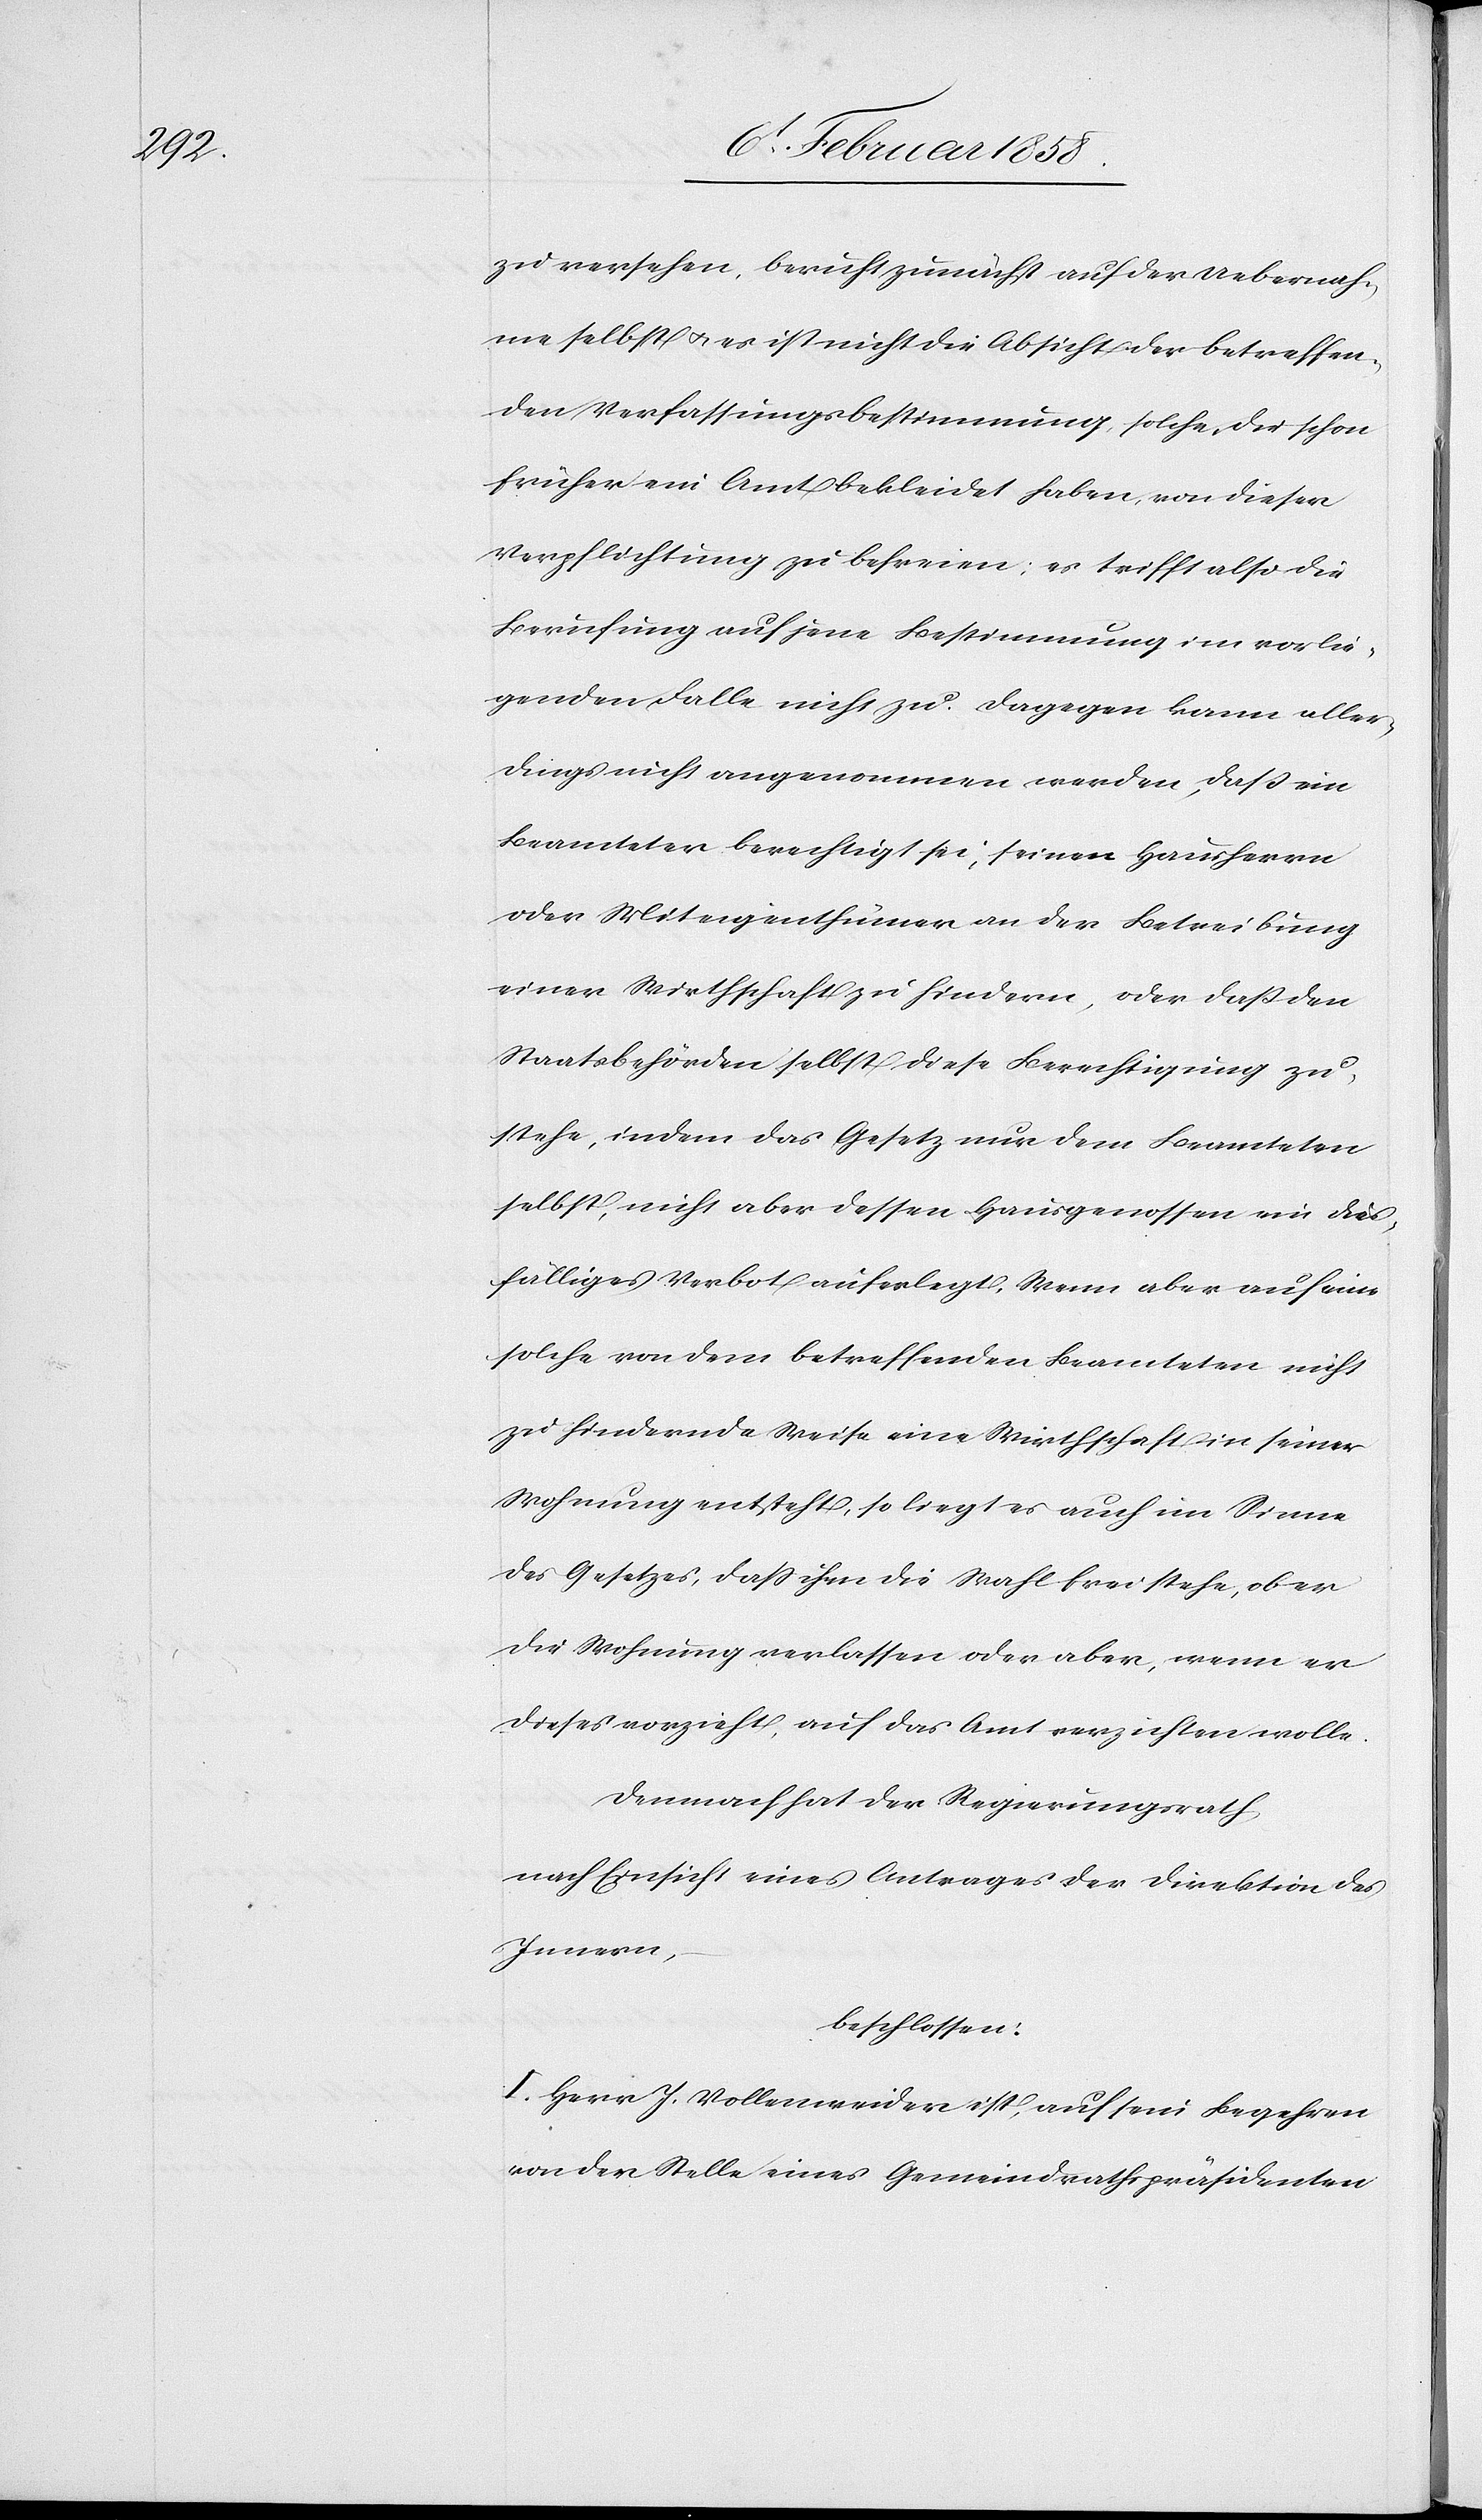
zu versehen, beruht zunächst auf der Uebernah¬
me selbst u. es ist nicht die Absicht der betreffen¬
den Verfassungsbestimmung, solche, die schon
früher ein Amt bekleidet haben, von dieser
Verpflichtung zu befreien; es trifft also die
Berufung auf jene Bestimmung im vorlie¬
genden Falle nicht zu. Dagegen kann aller¬
dings nicht angenommen werden, daß ein
Beamteter berechtigt sei, seinen Hausherrn
oder Miteigenthümer an der Betreibung
einer Wirthschaft zu hindern, oder daß den
Staatsbehörden selbst diese Berechtigung zu¬
stehe, indem das Gesetz nur dem Beamteten
selbst, nicht aber dessen Hausgenossen ein dies¬
fälliges Verbot auferlegt. Wenn aber auf eine
solche von dem betreffenden Beamteten nicht
zu hindernde Weise eine Wirthschaft in seiner
Wohnung entstehe, so liegt es auch im Sinne
des Gesetzes, daß ihm die Wahl freistehe, ob er
die Wohnung verlassen oder aber, wenn er
dieses vorzieht, auf das Amt verzichten wolle.
Demnach hat der Regierungsrath
nach Einsicht eines Antrages der Direktion des
Innern,
beschlossen:
I. Herr J. Vollenweider ist, auf sein Begehren
von der Stelle eines Gemeindrathspräsidenten